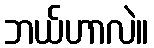
ဘယ်ဟာလဲ။